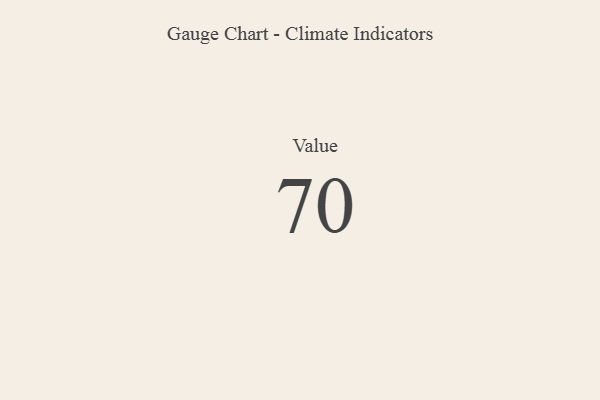
{"axis": {"x": "Metric", "y": "Value"}, "legend": [""], "data": [{"x": "Value", "y": 70, "type": ""}]}